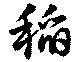
稲